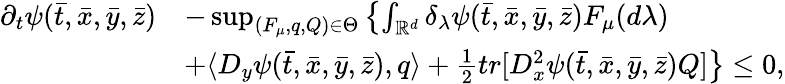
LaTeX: \begin{array}{rl}{\displaystyle\partial_{t}\psi(\bar{t},\bar{x},\bar{y},\bar{z})}&{-\operatorname*{sup}_{(F_{\mu},q,Q)\in\Theta}\left\{ \int_{\mathbb{R}^{d}}\delta_{\lambda}\psi(\bar{t},\bar{x},\bar{y},\bar{z})F_{\mu}(d\lambda)\right.}\\ {\displaystyle}&{\left.+\langle D_{y}\psi(\bar{t},\bar{x},\bar{y},\bar{z}),q\rangle+\frac{1}{2}tr[D_{x}^{2}\psi(\bar{t},\bar{x},\bar{y},\bar{z})Q]\right\} \leq 0,}\end{array}